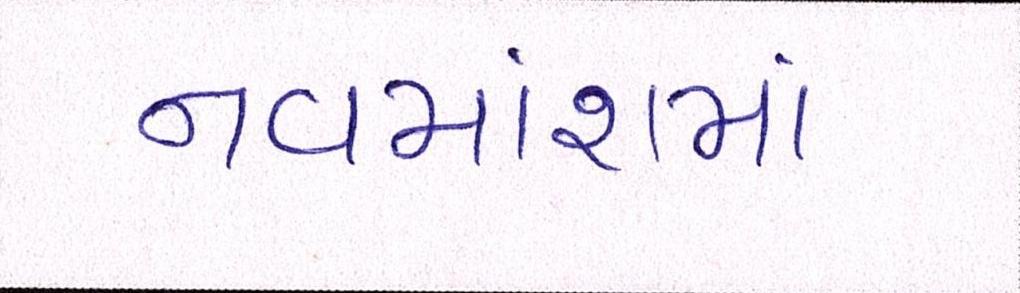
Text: નવમાંશમાં